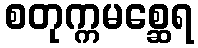
စတုက္ကမစ္ဆေရ